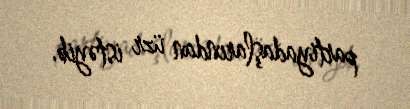
partiyadaşlarından üzr istəyib.